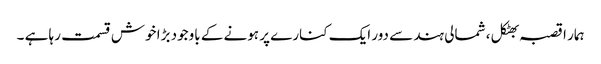
ہمار ا قصبہ بھٹکل ، شمالی ہند سے دور ایک کنارے پر ہونے کے باوجود بڑا خوش قسمت رہا ہے ۔